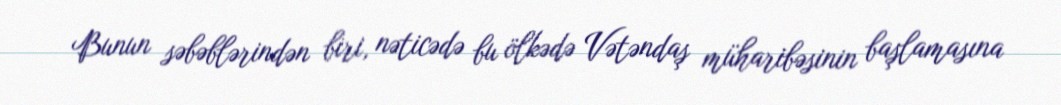
Bunun səbəblərindən biri, nəticədə bu ölkədə Vətəndaş müharibəsinin başlamasına